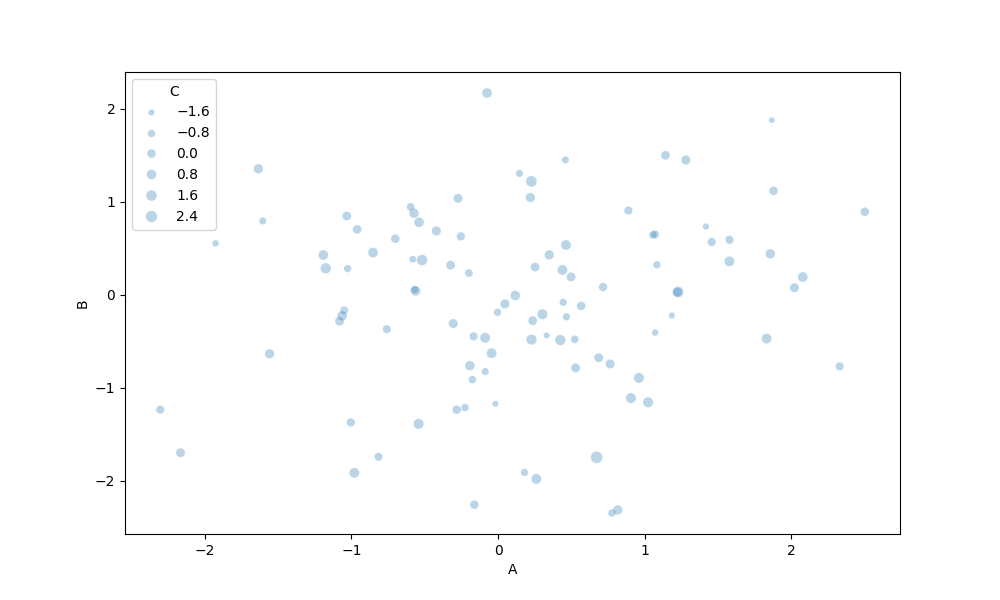
python, seaborn, scatterplot, hue='None', style='None', size='C', palette='muted', alpha=0.3